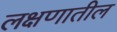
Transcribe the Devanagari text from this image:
लक्षणातील